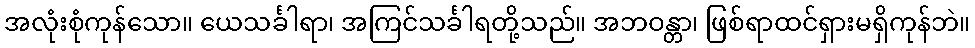
အလုံးစုံကုန်သော။ ယေသင်္ခါရာ၊ အကြင်သင်္ခါရတို့သည်။ အဘဝန္တာ၊ ဖြစ်ရာထင်ရှားမရှိကုန်ဘဲ။